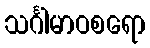
သင်္ဂါမာဝစရော